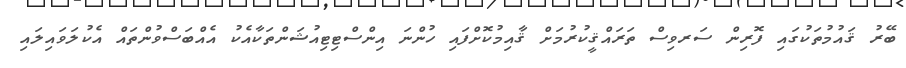
ބޭރު ޤައުމުތަކުގައި ފޮރިން ސަރވިސް ތަރައްޤީކުރުމަށް ޤާއިމުކޮށްފައި ހުންނަ އިންސްޓިޓިއުޝަންތަކާއެކު އެއްބަސްވުންތައް އެކުލަވައިލައި